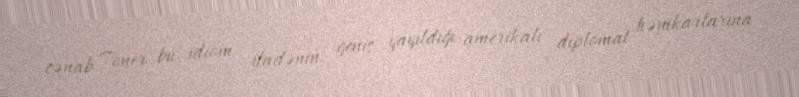
cənab Toner bu idiom ifadənin geniş yayıldığı amerikalı diplomat həmkarlarına